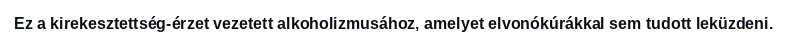
Ez a kirekesztettség-érzet vezetett alkoholizmusához, amelyet elvonókúrákkal sem tudott leküzdeni.